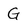
Character: G